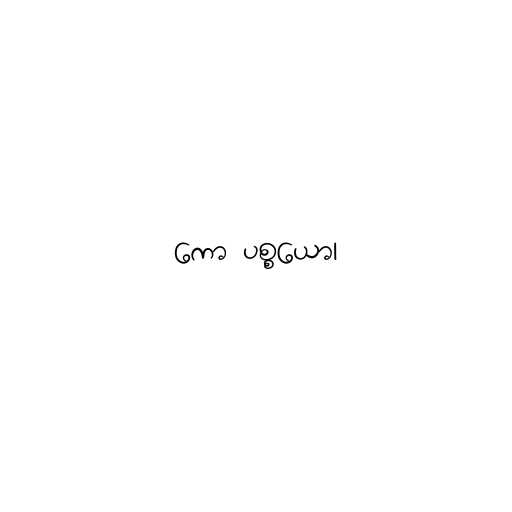
ကော ပစ္စယော၊